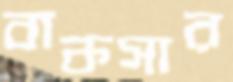
বাকসার